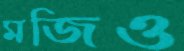
মজিও